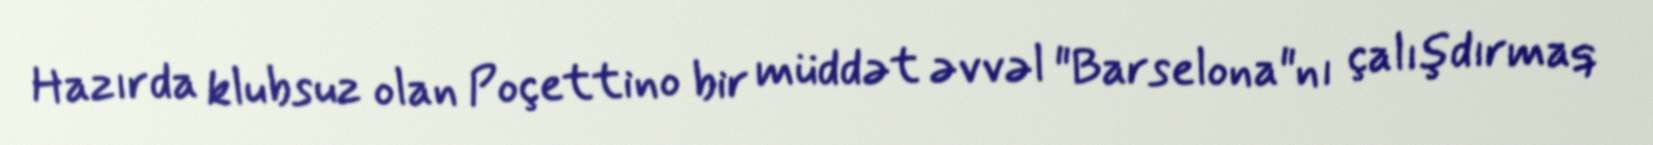
Hazırda klubsuz olan Poçettino bir müddət əvvəl "Barselona"nı çalışdırmaq